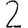
Digit: 2